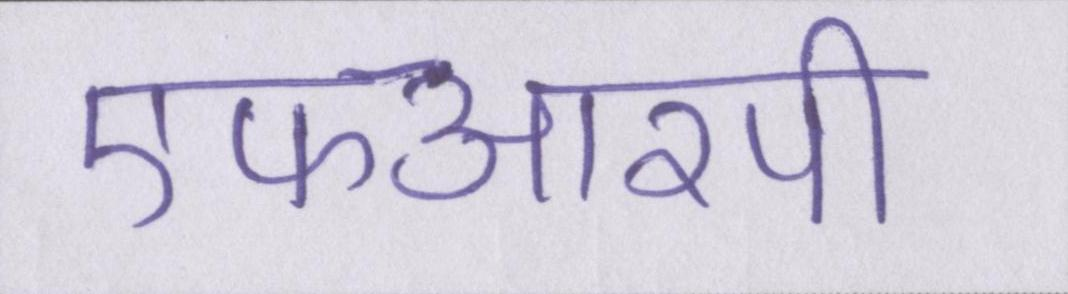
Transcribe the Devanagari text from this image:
एफआरपी